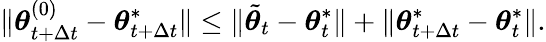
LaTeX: \lVert{\boldsymbol{\theta}}_{t+\Delta t}^{(0)}-{\boldsymbol{\theta}}_{t+\Delta t}^{*}\rVert\leq\lVert\tilde{{\boldsymbol{\theta}}}_{t}-{\boldsymbol{\theta}}_{t}^{*}\rVert+\lVert{\boldsymbol{\theta}}_{t+\Delta t}^{*}-{\boldsymbol{\theta}}_{t}^{*}\rVert.